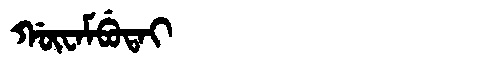
Manchu: ᡤᡡᠸᠠᠮᠪᡠᡨᠠᡳ
Romanization: GŪWAMBUTAI